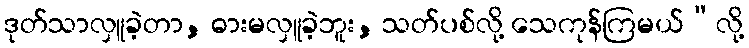
ဒုတ်သာလှူခဲ့တာ, ဓားမလှူခဲ့ဘူး, သတ်ပစ်လို့ သေကုန်ကြမယ်”လို့